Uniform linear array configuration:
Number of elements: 64
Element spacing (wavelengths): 0.5
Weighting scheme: exponential
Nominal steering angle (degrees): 45
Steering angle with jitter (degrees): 45.491
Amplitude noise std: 0.05
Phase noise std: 0.05

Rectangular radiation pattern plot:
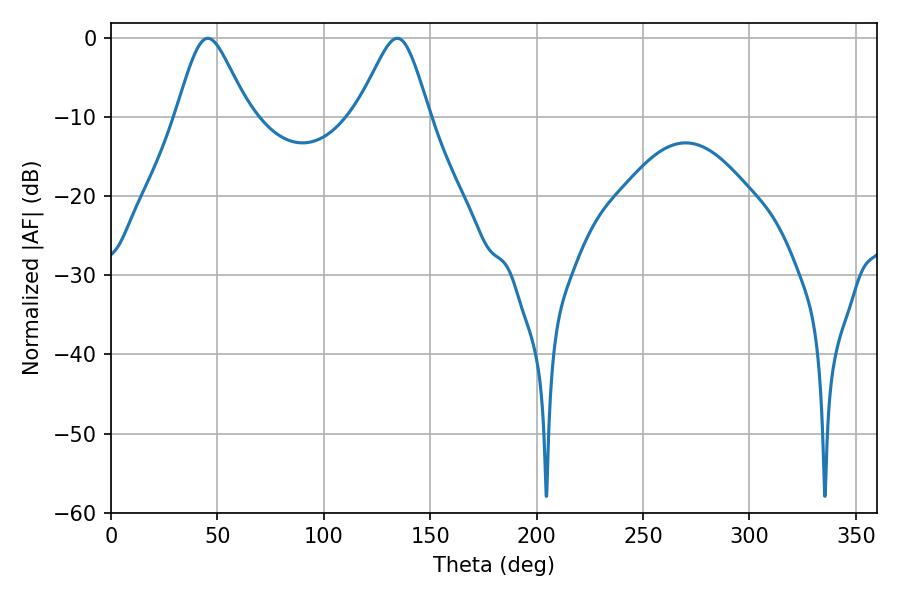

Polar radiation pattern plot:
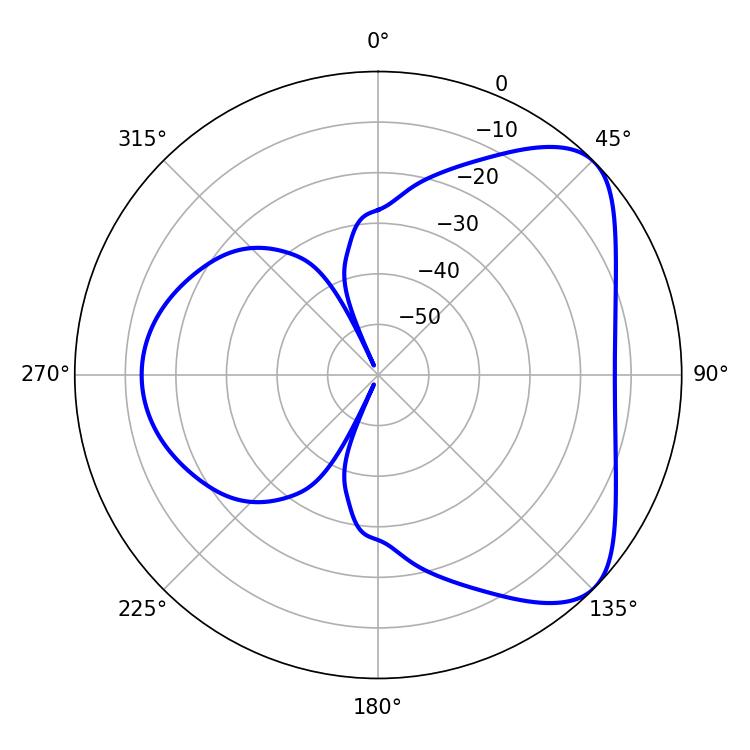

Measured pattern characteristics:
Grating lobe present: FALSE
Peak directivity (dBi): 6.007
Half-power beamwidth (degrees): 16.56
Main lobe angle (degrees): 45.54